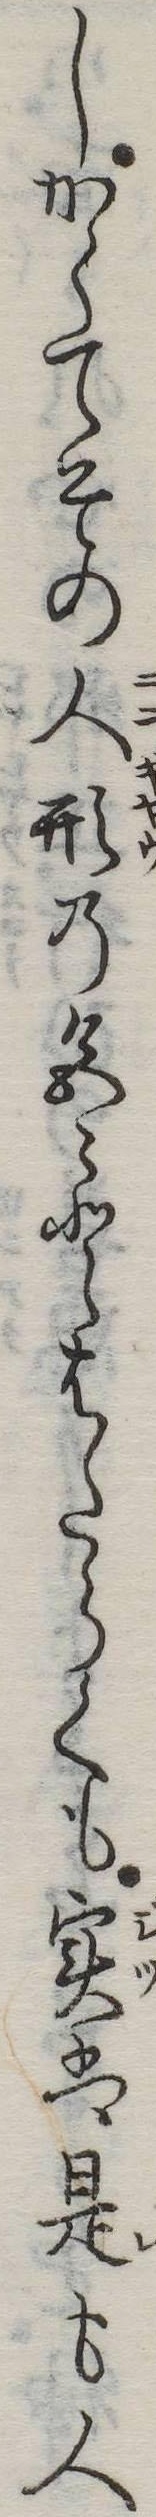
しかくてその人形の色とはたらくも実は是も人